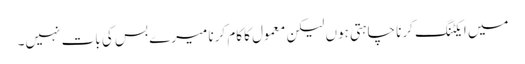
میں ایکٹنگ کرنا چاہتی ہوں لیکن معمول کا کام کرنا میرے بس کی بات نہیں۔